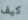
كيف